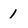
Character: 1